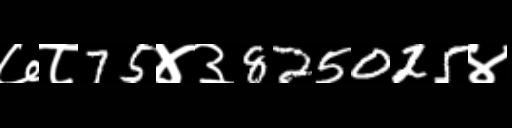
Text: ७८75४३825025४